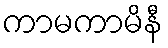
ကာမကာမိနီ